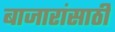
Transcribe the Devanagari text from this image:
बाजारांसाठी